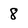
Character: 8